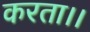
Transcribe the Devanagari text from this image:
करता।।